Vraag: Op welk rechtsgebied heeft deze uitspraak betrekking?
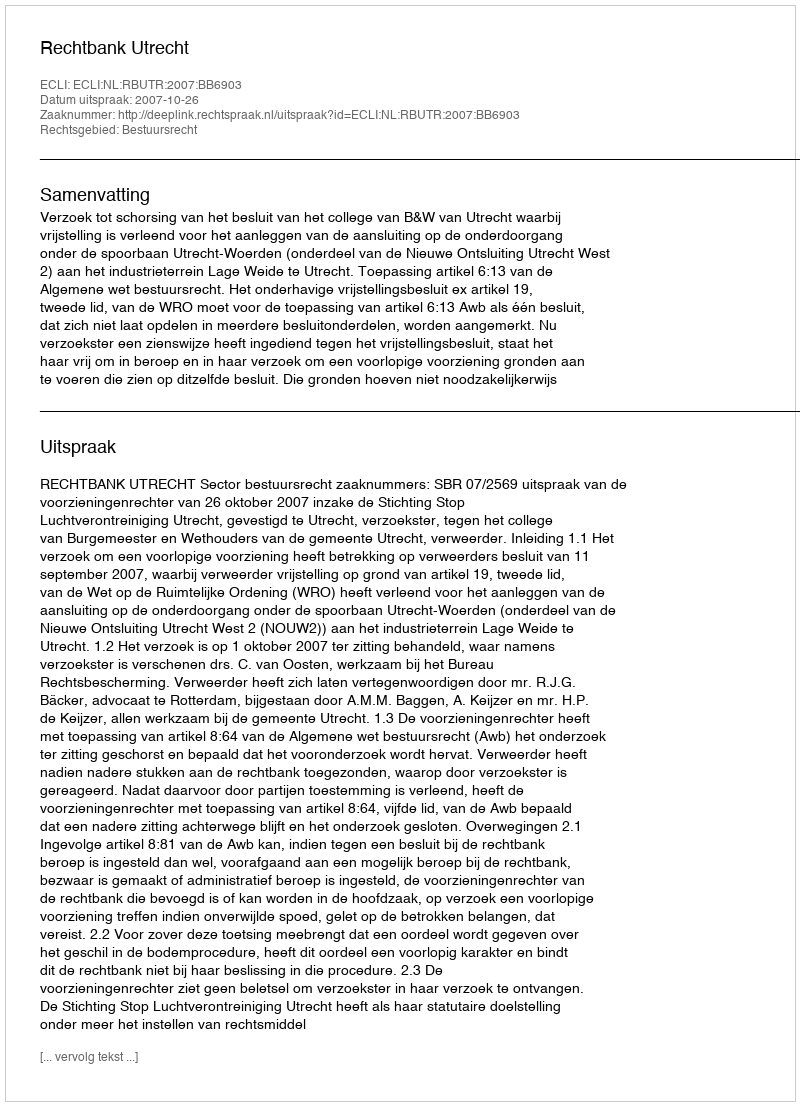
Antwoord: Bestuursrecht